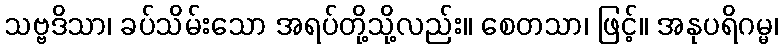
သဗ္ဗဒိသာ၊ ခပ်သိမ်းသော အရပ်တို့သို့လည်း။ စေတသာ၊ ဖြင့်။ အနုပရိဂမ္မ၊